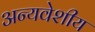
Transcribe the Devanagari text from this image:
अन्यवेशीय